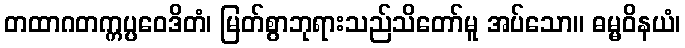
တထာဂတက္ကပ္ပဝေဒိတံ၊ မြတ်စွာဘုရားသည်သိတော်မူ အပ်သော။ ဓမ္မဝိနယံ၊